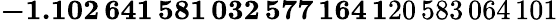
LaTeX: \mathbf{-1.102\, 641\, 581\, 032\, 577\, 164\, 1}20\, 583\, 064\, 101